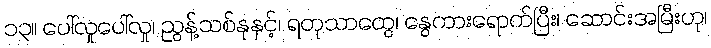
၁၃။ ပေါ်လှုပေါ်လှု၊ ညွန့်သစ်နုနှင့်၊ ရတုသာထွေ၊ နွေကားရောက်ပြီး၊ ဆောင်းအမြီးဟု၊